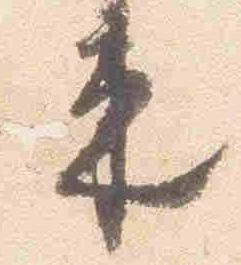
束